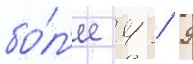
бо́л'ее 4 / 9